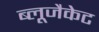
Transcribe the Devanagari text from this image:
ब्लूजैकेट